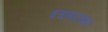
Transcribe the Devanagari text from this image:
बचावादाखल